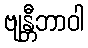
ဗျန္တီဘာဝါ